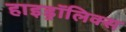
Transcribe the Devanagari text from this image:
हाइड्रॉलिक्स